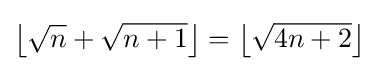
\left\lfloor {\sqrt {n}}+{\sqrt {n+1}}\right\rfloor =\left\lfloor {\sqrt {4n+2}}\right\rfloor